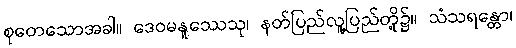
စုတေသောအခါ။ ဒေဝမနူဿေသု၊ နတ်ပြည်လူ့ပြည်တို့၌။ သံသရန္တော၊